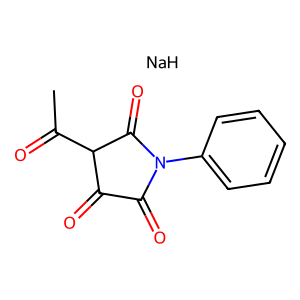
SMILES: CC(=O)C1C(=O)C(=O)N(c2ccccc2)C1=O.[NaH]
Inhibits HIV replication: No